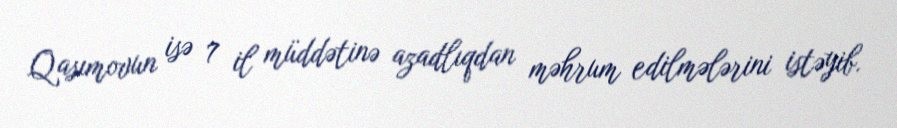
Qasımovun isə 7 il müddətinə azadlıqdan məhrum edilmələrini istəyib.